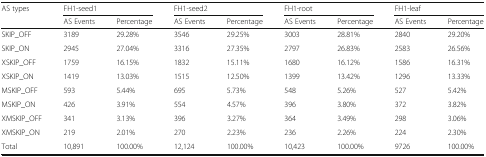
| <ROWSPAN=2> AS types | <COLSPAN=2> FH1-seed1 | <COLSPAN=2> FH1-seed2 | <COLSPAN=2> FH1-root | <COLSPAN=2> FH1-leaf |
 | AS Events | Percentage | AS Events | Percentage | AS Events | Percentage | AS Events | Percentage |
 | --- | --- | --- | --- | --- | --- | --- | --- | --- |
 | SKIP_OFF | 3189 | 29.28% | 3546 | 29.25% | 3003 | 28.81% | 2840 | 29.20% |
 | SKIP_ON | 2945 | 27.04% | 3316 | 27.35% | 2797 | 26.83% | 2583 | 26.56% |
 | XSKIP_OFF | 1759 | 16.15% | 1832 | 15.11% | 1680 | 16.12% | 1586 | 16.31% |
 | XSKIP_ON | 1419 | 13.03% | 1515 | 12.50% | 1399 | 13.42% | 1296 | 13.33% |
 | MSKIP_OFF | 593 | 5.44% | 695 | 5.73% | 548 | 5.26% | 527 | 5.42% |
 | MSKIP_ON | 426 | 3.91% | 554 | 4.57% | 396 | 3.80% | 372 | 3.82% |
 | XMSKIP_OFF | 341 | 3.13% | 396 | 3.27% | 364 | 3.49% | 298 | 3.06% |
 | XMSKIP_ON | 219 | 2.01% | 270 | 2.23% | 236 | 2.26% | 224 | 2.30% |
 | Total | 10,891 | 100.00% | 12,124 | 100.00% | 10,423 | 100.00% | 9726 | 100.00% |